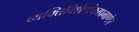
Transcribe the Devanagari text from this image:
व्यक्तिविशेषांकाप्रमाणेच